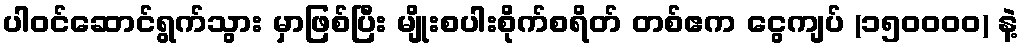
ပါဝင်ဆောင်ရွက်သွား မှာဖြစ်ပြီး မျိုးစပါးစိုက်စရိတ် တစ်ဧက ငွေကျပ် (၁၅၀၀၀၀) နဲ့